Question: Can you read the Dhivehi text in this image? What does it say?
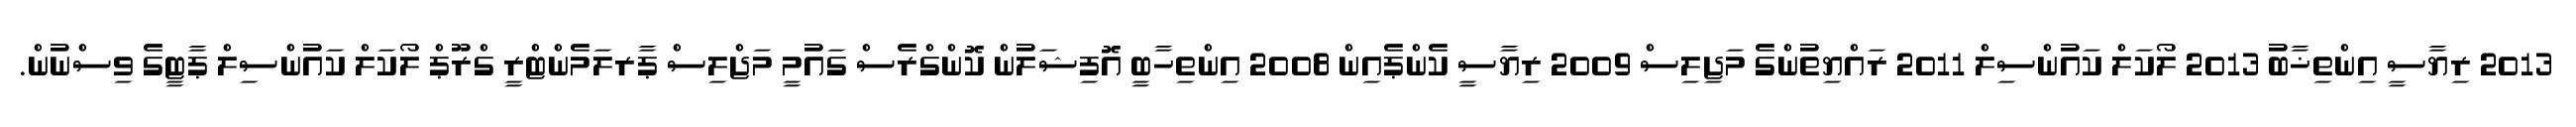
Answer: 2013 ރިޔާސީ އިންތިޚާބު 2013 ލޯކަލް ކައުންސިލް 2011 ރައްޔިތުންގެ މަޖިލިސް 2009 ރިޔާސީ ކެންޕެއިން 2008 އިންތިހާބީ އޮފިޝަލުން ކޮންގްރެސް ގައުމީ މަޖްލިސް ޕާރލަމެންޓްރީ ގްރޫޕް ލޯކަލް ކައުންސިލް ޕާޓީގެ ވިސްނުން.